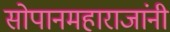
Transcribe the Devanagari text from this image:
सोपानमहाराजांनी